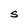
Character: s